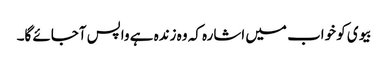
بیوی کو خواب میں اشارہ کہ وہ زندہ ہے واپس آجائے گا۔